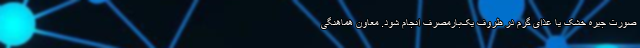
صورت جیره خشک یا غذای گرم در ظروف یک‌بارمصرف انجام شود. معاون هماهنگی